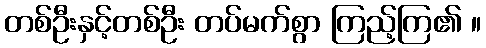
တစ်ဦးနှင့်တစ်ဦး တပ်မက်စွာ ကြည့်ကြ၏ ။